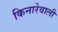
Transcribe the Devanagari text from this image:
किनारेवाली